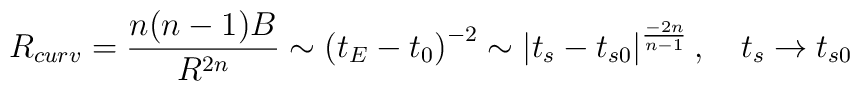
R_{curv}=\frac{n(n-1)B}{R^{2n}}\sim \left( t_E-t_0\right) ^{-2}\sim \left|t_s-t_{s0}\right| ^{\frac{-2n}{n-1}},\quad t_s\rightarrow t_{s0}